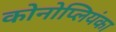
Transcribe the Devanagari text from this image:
कोनोप्लियंका